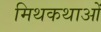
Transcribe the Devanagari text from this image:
मिथकथाओं